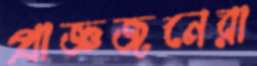
প্রাজ্ঞজনেরা